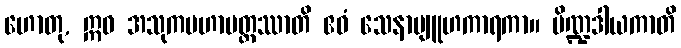
ဟောတု, ဣဓ အသုကမဟာမတ္တဿာတိ ဧဝံ သေနာဗျူဟကာရကာ။ ပိဏ္ဍဒါယကာတိ